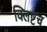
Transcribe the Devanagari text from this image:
क्लिष्टच